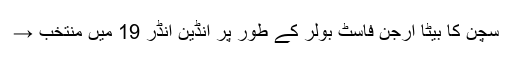
سچن کا بیٹا ارجن فاسٹ بولر کے طور پر انڈین انڈر 19 میں منتخب →